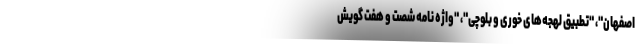
اصفهان"، "تطبیق لهجه‌های خوری و بلوچی"، "واژه نامه شصت و هفت گویش